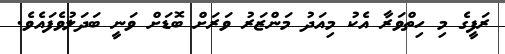
ރަފީގެ މި ހިތްވަރާ އެކު މިއަދު މަންޒަރު ވަރަށް ބޮޑަށް ވަނީ ބަދަލުވެފައެވެ.